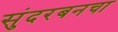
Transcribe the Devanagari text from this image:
सुंदरबनचा